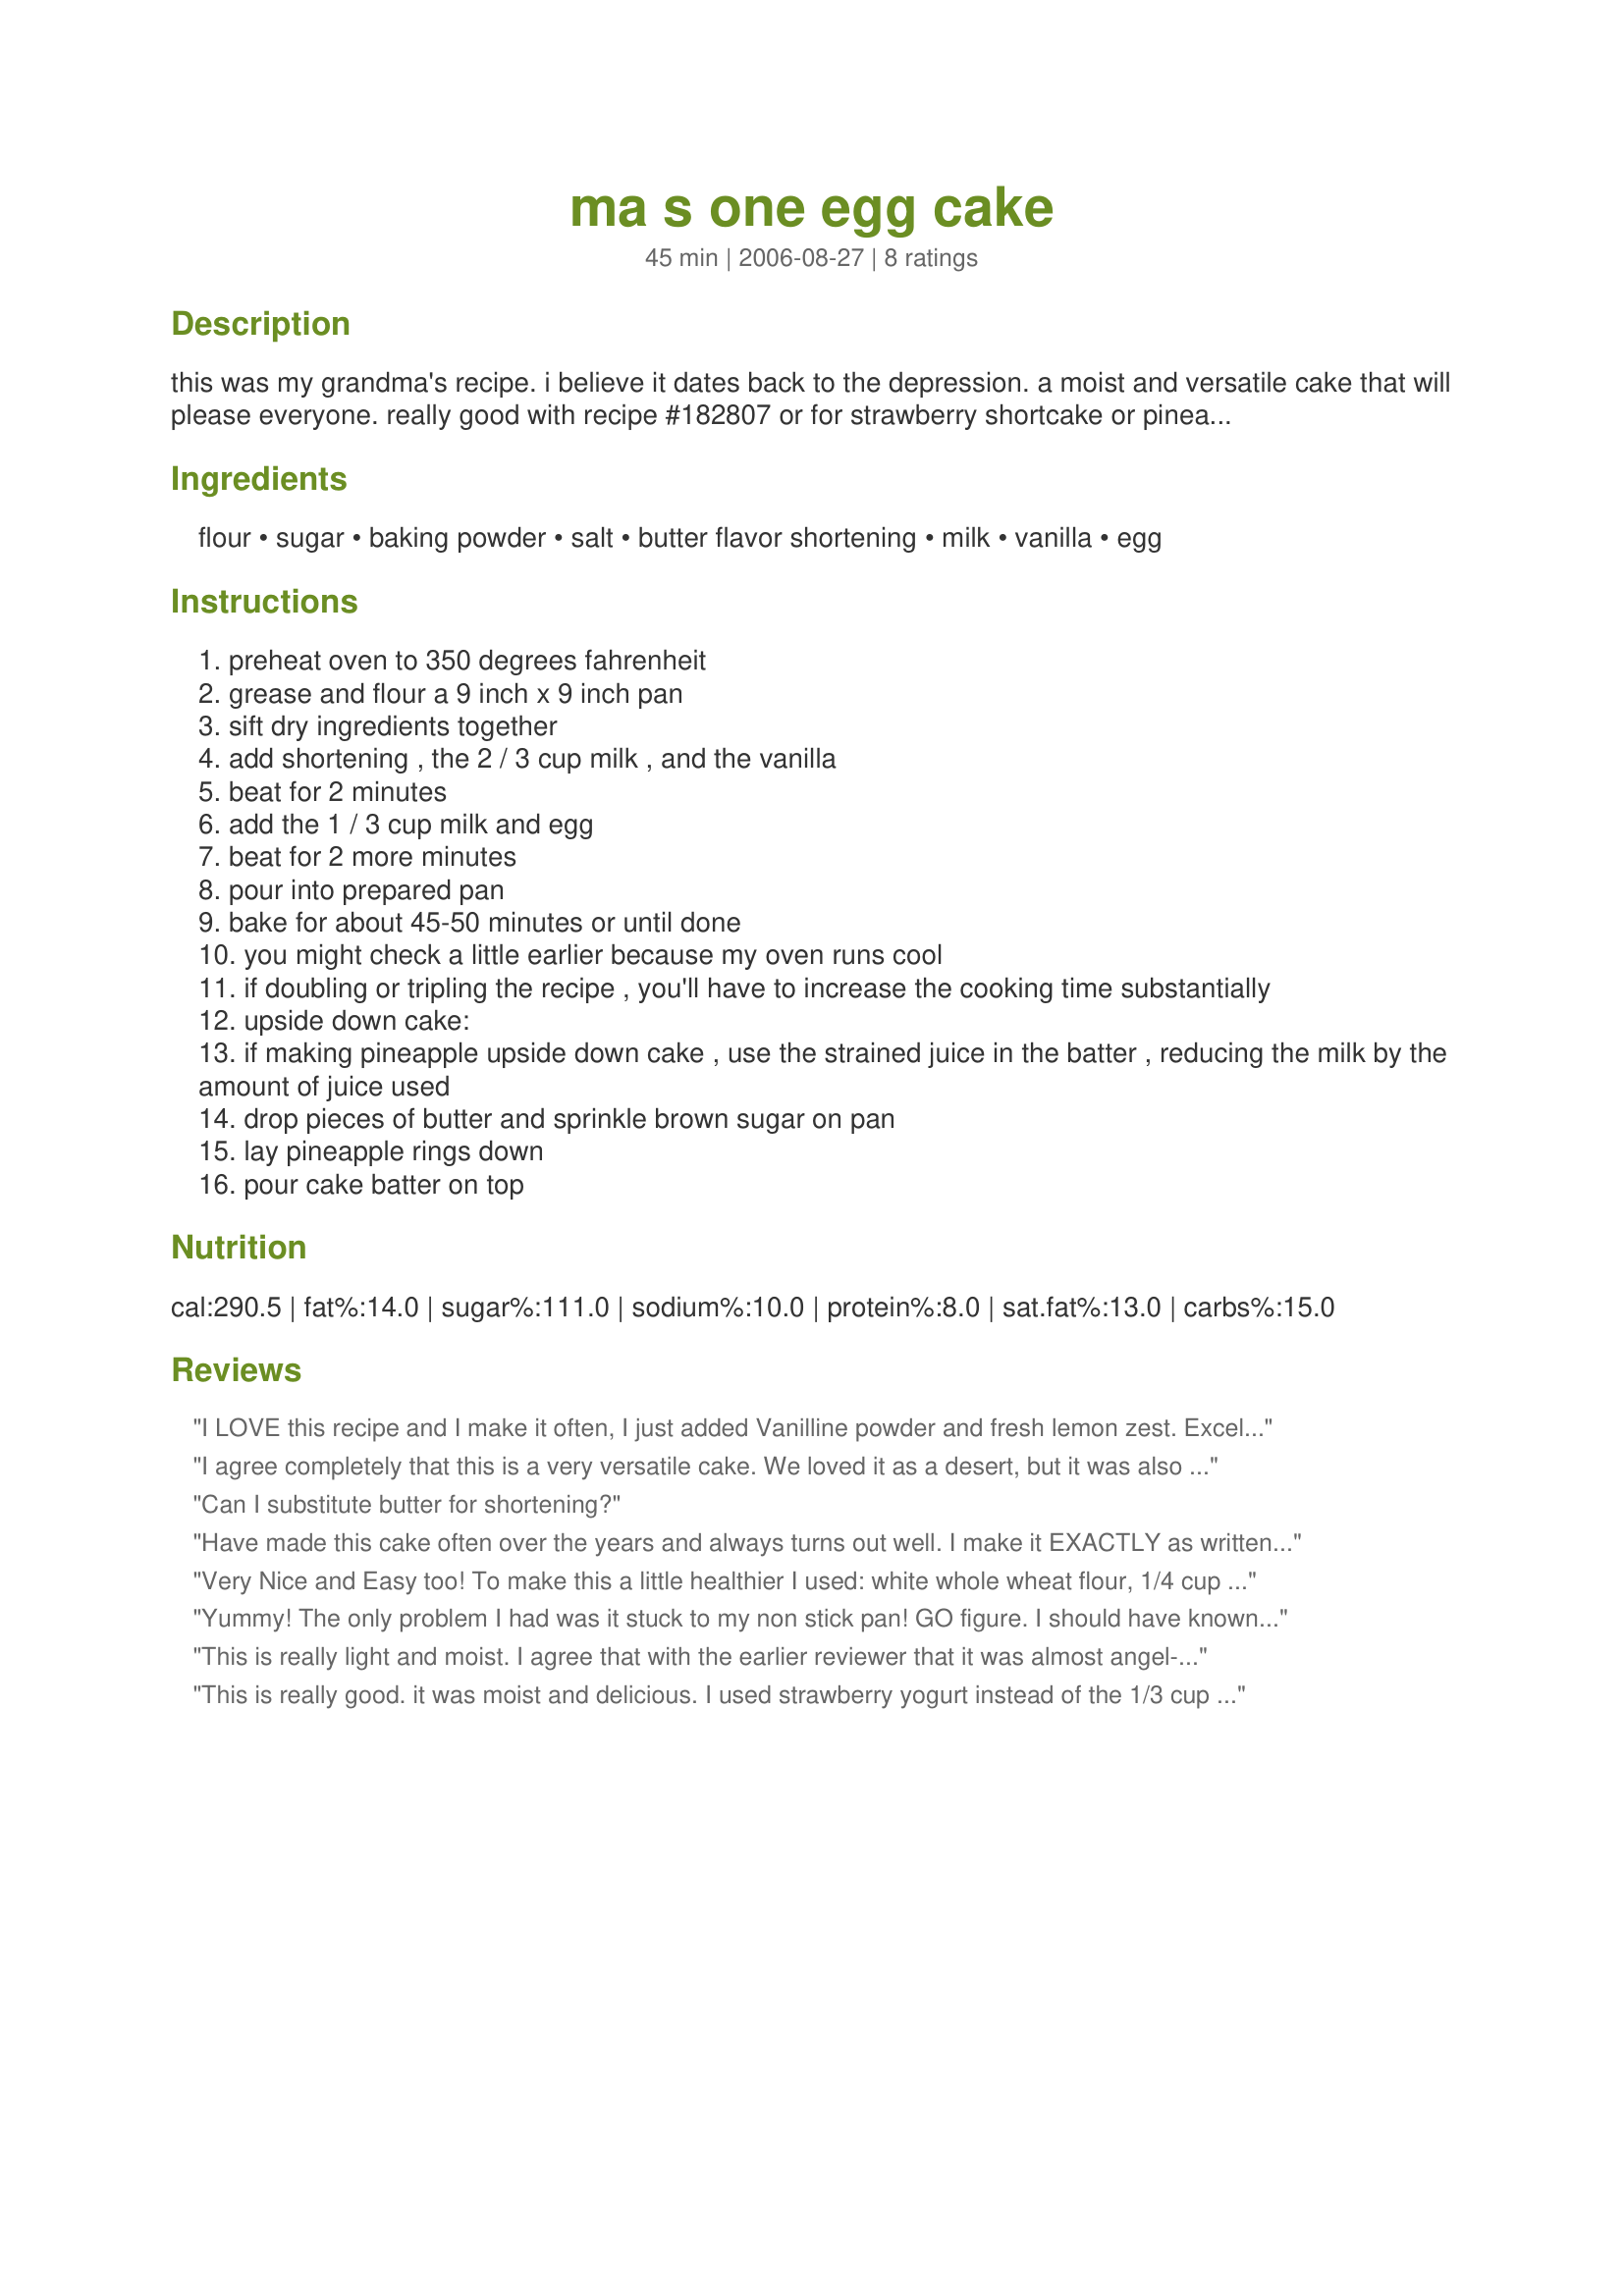
ma s one egg cake
Preparation time: 45 minutes

this was my grandma's recipe. i believe it dates back to the depression. a moist and versatile cake that will please everyone. really good with recipe #182807 or for strawberry shortcake or pineapple upside-down cake. you can double the recipe for a 10x13 pan or triple the recipe for a 12x16 pan.

Ingredients:
flour, sugar, baking powder, salt, butter flavor shortening, milk, vanilla, egg

Steps:
preheat oven to 350 degrees fahrenheit
grease and flour a 9 inch x 9 inch pan
sift dry ingredients together
add shortening , the 2 / 3 cup milk , and the vanilla
beat for 2 minutes
add the 1 / 3 cup milk and egg
beat for 2 more minutes
pour into prepared pan
bake for about 45-50 minutes or until done
you might check a little earlier because my oven runs cool
if doubling or tripling the recipe , you'll have to increase the cooking time substantially
upside down cake:
if making pineapple upside down cake , use the strained juice in the batter , reducing the milk by the amount of juice used
drop pieces of butter and sprinkle brown sugar on pan
lay pineapple rings down
pour cake batter on top

Reviews:
I LOVE this recipe and I make it often, I just added Vanilline powder and fresh lemon zest. Excellent cake!!
I agree completely that this is a very versatile cake. We loved it as a desert, but it was also good in the morning with coffee. My whole family loved it. I didn't use icing, but I can see that it would add something to it. It had almost an angel food cake-type taste to it. I will make this again, Thanks Julie!
Can I substitute butter for shortening?
Have made this cake often over the years and always turns out well. I make it EXACTLY as written otherwise I would not be ab le to rate it. It is very versatile and makes a nice base for a strawberry shortcake. Also good sandwiched together with chocolate icing or substitute almond or lemon flavoring for a change. The possibilities are endless.
Very Nice and Easy too! To make this a little healthier I used: white whole wheat flour, 1/4 cup sugar with 1 cup Splenda granular, margarine, and 1% milk. It turned out soft with a nice crumb and mellow flavor. I enjoyed this cut in half and layered with a lemon mousse and sliced freshed strawberries and topped with lemon curd. Yum! Made for the Please Review tag game.
Yummy! The only problem I had was it stuck to my non stick pan! GO figure. I should have known since it doesn't have much oil in it. Next time I'll be sure to line the pan with waxed paper. 

This cake is definitely yummy! I think next time I'll be making an upside down cake with this recipe!

Thanks for posting Puppitypup!
This is really light and moist. I agree that with the earlier reviewer that it was almost angel-food like. I used 1 cup Splenda and 1/4 cup sugar, and subbed cherry extract for the vanilla, and added some red food coloring. Served without frosting, but with a dollop of low-fat vanilla yogurt. Reminds me of the cakes my grandma made back in the '50's.
This is really good. it was moist and delicious. I used strawberry yogurt instead of the 1/3 cup of milk and there was a smll undertaste of it. I also used chunkc of banana from a small banana to give it that banana bread taste and it sort of worked. Next time I'll puree the banana to even it out in the batter.
